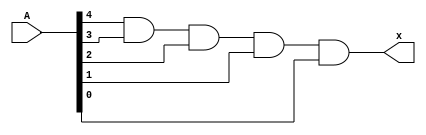
//gives output as 1 if maximum value of passengers is exceeded(30 and becomes 31) are same
module comparator(A,x);
	input [4:0]A;
	
	output x;
	wire a,b,c,d,e;
	xnor(a,A[4],1);
	xnor(b,A[3],1);
	xnor(c,A[2],1);
	xnor(d,A[1],1);
	xnor(e,A[0],1);
	
	assign x=a&b&c&d&e;
	
endmodule